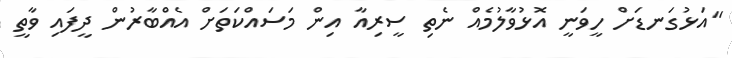
"އަޅުގަނޑަށް ހީވަނީ އޮޅުވާލުމެއް ނެތި ސީރިއާ އިން މަސައްކަތަށް އެއްބާރުން ދީފައި ވާތީ